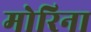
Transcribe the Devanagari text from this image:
मोरिना